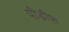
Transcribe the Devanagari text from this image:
पीडीफ